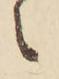
々